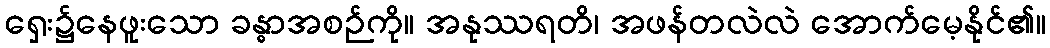
ရှေး၌နေဖူးသော ခန္ဓာအစဉ်ကို။ အနုဿရတိ၊ အဖန်တလဲလဲ အောက်မေ့နိုင်၏။